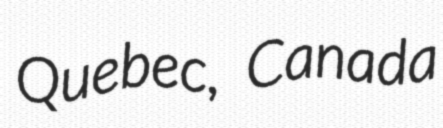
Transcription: Quebec, Canada